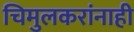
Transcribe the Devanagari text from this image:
चिमुलकरांनाही